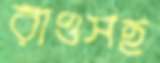
রাওসহ